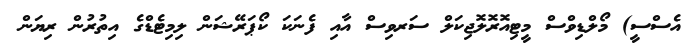
އެސްސީ) މޯލްޑިވްސް މީޓިއޮރޮލޮޖިކަލް ސަރވިސް އާއި ފެނަކަ ކޯޕަރޭޝަން ލިމިޓެޑްގެ އިތުރުން ރިޔަން